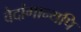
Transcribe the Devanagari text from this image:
वेदांगान्यपि